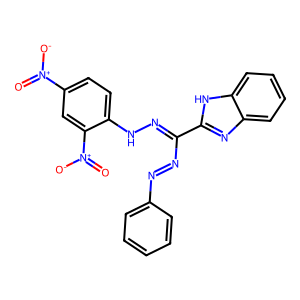
SMILES: O=[N+]([O-])c1ccc(NN=C(N=Nc2ccccc2)c2nc3ccccc3[nH]2)c([N+](=O)[O-])c1
Inhibits HIV replication: No